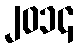
၂၀၁၄